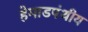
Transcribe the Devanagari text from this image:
हेमाडपंथीय